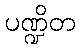
ပဏ္ဍိတ